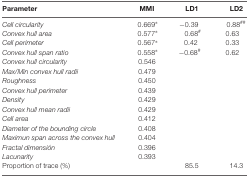
<table><thead><tr><td><b>Parameter</b></td><td><b>MMI</b></td><td><b>LD1</b></td><td><b>LD2</b></td></tr></thead><tbody><tr><td><i>Cell circularity</i></td><td>0.669*</td><td>−0.39</td><td>0.88<sup>##</sup></td></tr><tr><td><i>Convex hull area</i></td><td>0.577*</td><td>0.68<sup>#</sup></td><td>0.63</td></tr><tr><td><i>Cell perimeter</i></td><td>0.567*</td><td>0.42</td><td>0.33</td></tr><tr><td><i>Convex hull span ratio</i></td><td>0.558*</td><td>−0.68<sup>#</sup></td><td>0.62</td></tr><tr><td><i>Convex hull circularity</i></td><td>0.546</td><td></td><td></td></tr><tr><td><i>Max/Min convex hull radii</i></td><td>0.479</td><td></td><td></td></tr><tr><td><i>Roughness</i></td><td>0.450</td><td></td><td></td></tr><tr><td><i>Convex hull perimeter</i></td><td>0.439</td><td></td><td></td></tr><tr><td><i>Density</i></td><td>0.429</td><td></td><td></td></tr><tr><td><i>Convex hull mean radii</i></td><td>0.429</td><td></td><td></td></tr><tr><td><i>Cell area</i></td><td>0.412</td><td></td><td></td></tr><tr><td><i>Diameter of the bounding circle</i></td><td>0.408</td><td></td><td></td></tr><tr><td><i>Maximun span across the convex hull</i></td><td>0.404</td><td></td><td></td></tr><tr><td><i>Fractal dimensión</i></td><td>0.396</td><td></td><td></td></tr><tr><td><i>Lacunarity</i></td><td>0.393</td><td></td><td></td></tr><tr><td>Proportion of trace (%)</td><td></td><td>85.5</td><td>14.3</td></tr></tbody></table>